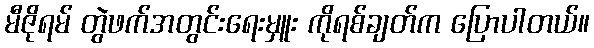
မီဇိုရမ် တွဲဖက်အတွင်းရေးမှူး ကိုရစ်ချတ်က ပြောပါတယ်။